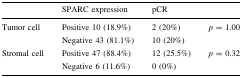
<table><thead><tr><td></td><td><b>SPARC expression</b></td><td><b>pCR</b></td><td></td></tr></thead><tbody><tr><td rowspan="2">Tumor cell</td><td>Positive 10 (18.9%)</td><td>2 (20%)</td><td rowspan="2"><i>p</i> = 1.00</td></tr><tr><td>Negative 43 (81.1%)</td><td>10 (20%)</td></tr><tr><td rowspan="2">Stromal cell</td><td>Positive 47 (88.4%)</td><td>12 (25.5%)</td><td rowspan="2"><i>p</i> = 0.32</td></tr><tr><td>Negative 6 (11.6%)</td><td>0 (0%)</td></tr></tbody></table>